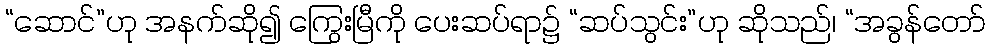
“ဆောင်”ဟု အနက်ဆို၍ ကြွေးမြီကို ပေးဆပ်ရာ၌ “ဆပ်သွင်း”ဟု ဆိုသည်၊ “အခွန်တော်